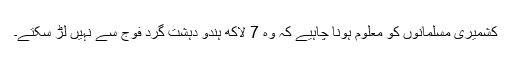
کشمیری مسلمانوں کو معلوم ہونا چاہیے کہ وہ 7 لاکھ ہندو دہشت گرد فوج سے نہیں لڑ سکتے۔